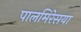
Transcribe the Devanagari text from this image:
पालमिरेसया